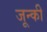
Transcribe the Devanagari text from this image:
जून्की